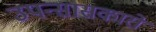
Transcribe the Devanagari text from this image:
उपन्सासकारों